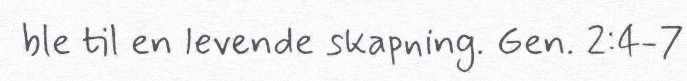
ble til en levende skapning. Gen. 2:4-7